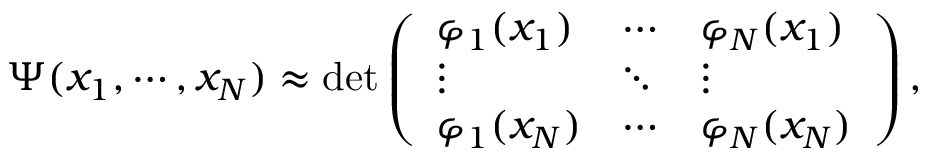
\begin{array} { r } { \Psi ( x _ { 1 } , \cdots , x _ { N } ) \approx \operatorname* { d e t } \left( \begin{array} { l l l } { \varphi _ { 1 } ( x _ { 1 } ) } & { \cdots } & { \varphi _ { N } ( x _ { 1 } ) } \\ { \vdots } & { \ddots } & { \vdots } \\ { \varphi _ { 1 } ( x _ { N } ) } & { \cdots } & { \varphi _ { N } ( x _ { N } ) } \end{array} \right) , } \end{array}